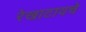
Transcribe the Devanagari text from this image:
रेखाटायचे